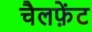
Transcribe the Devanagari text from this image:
चैलफ़ेंट